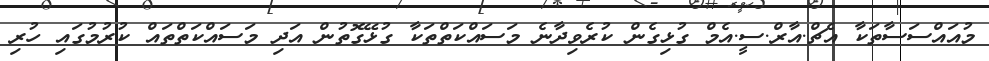
މުއައްސަސާތަކާ އެޗް.އާރް.ސީ.އެމް ގުޅިގެން ކުރެވިދާނެ މަސައްކަތްތަކާ ގުޅޭގޮތުން އަދި މަސައްކަތްތައް ކުރުމުގައި ހުރި